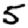
Digit: 5